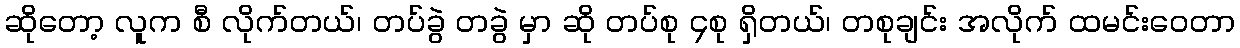
ဆိုတော့ လူက စီ လိုက်တယ်၊ တပ်ခွဲ တခွဲ မှာ ဆို တပ်စု ၄စု ရှိတယ်၊ တစုချင်း အလိုက် ထမင်းဝေတာ